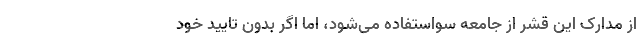
از مدارک این قشر از جامعه سواستفاده می‌شود، اما اگر بدون تایید خود